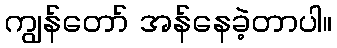
ကျွန်တော် အန်နေခဲ့တာပါ။